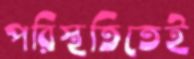
পরিস্থতিতেই